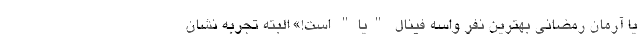
یا آرمان رمضانی بهترین نفر واسه فینال "یا" است!» البته تجربه نشان